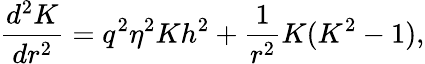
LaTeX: {\frac{d^{2}K}{dr^{2}}}=q^{2}\eta^{2}Kh^{2}+{\frac{1}{r^{2}}}K(K^{2}-1),